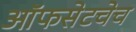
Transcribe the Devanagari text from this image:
ऑफसेटचेच